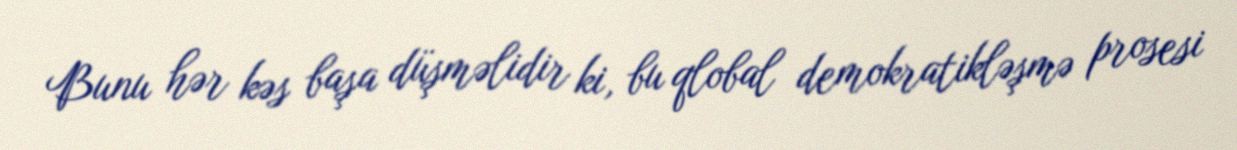
Bunu hər kəs başa düşməlidir ki, bu qlobal demokratikləşmə prosesi